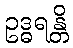
ဥဒ္ဓရန္တိ